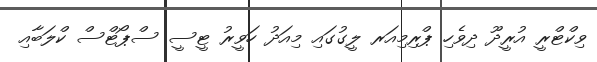
ވިކްޓްރީ އުރީދޫ ދިވެހި ޕްރިމިއަރ ލީގުގައި މިއަދު ހަވީރު ޓީސީ ސްޕޯޓްސް ކްލަބާއި